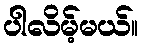
ပါလိမ့်မယ်။